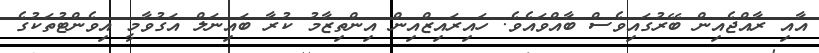
އާއި ރާއްޖެއިން ބޭރުގައިވެސް ބާއްވައެވެ. ހައިރައިޒްއިން އިންތިޒާމު ކުރާ ބައިނަލް އަގުވާމީ އިވެންޓުތަކުގެ